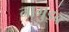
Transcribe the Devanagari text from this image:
नागुइब